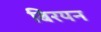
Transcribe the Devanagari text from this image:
बिरयन